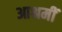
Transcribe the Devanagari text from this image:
आश्रमीं